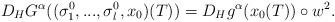
LaTeX: \begin{align*}D_HG^\alpha((\sigma_1^0,...,\sigma_l^0,x_0)(T))=D_Hg^\alpha(x_0(T))\circ w^2.\end{align*}